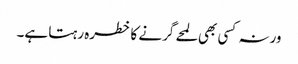
ورنہ کسی بھی لمحے گرنے کا خطرہ رہتا ہے۔